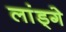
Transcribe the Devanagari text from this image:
लांड्गे